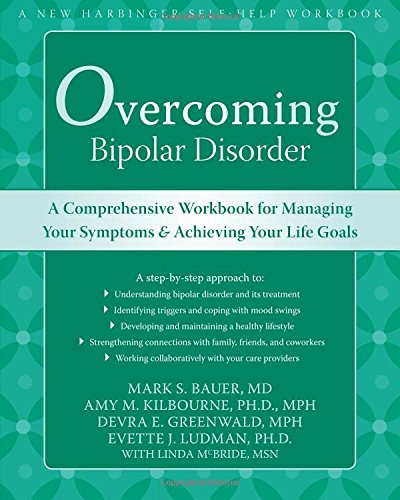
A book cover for Overcoming Bipolar Disorder: A Comprehensive Workbook for Managing Your Symptoms and Achieving Your Life Goals; Mark Bauer; Health, Fitness & Dieting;